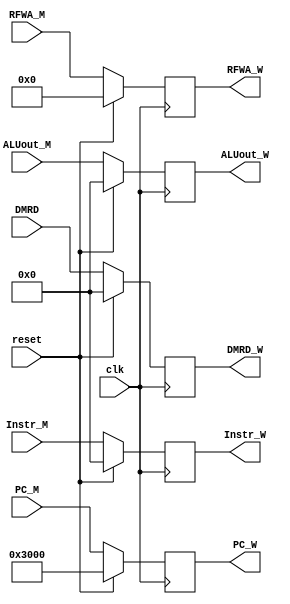
`timescale 1ns / 1ps
//////////////////////////////////////////////////////////////////////////////////
// Company: 
// Engineer: 
// 
// Design Name: 
// Module Name:    RegMW 
// Project Name: 
// Target Devices: 
// Tool versions: 
// Description: 
//
// Dependencies: 
//
// Revision: 
// Revision 0.01 - File Created
// Additional Comments: 
//
//////////////////////////////////////////////////////////////////////////////////
`default_nettype none
module RegMW(
	input wire clk,
	input wire reset,
	input wire [31:0] Instr_M,
	input wire [31:0] PC_M,
	input wire [4:0] RFWA_M,
	input wire [31:0] ALUout_M,
	input wire [31:0] DMRD,
	output reg [31:0] Instr_W,
	output reg [31:0] PC_W,
	output reg [4:0] RFWA_W,
	output reg [31:0] ALUout_W,
	output reg [31:0] DMRD_W
    );
	always @(posedge clk) begin
		if (reset) begin
			Instr_W <= 32'h00000000;
			PC_W <= 32'h00003000;
			RFWA_W <= 5'b00000;
			ALUout_W <= 32'h00000000;
			DMRD_W <= 32'h00000000;
		end
		else begin
			Instr_W <= Instr_M;
			PC_W <= PC_M;
			RFWA_W <= RFWA_M;
			ALUout_W <= ALUout_M;
			DMRD_W <= DMRD;
		end
	end

endmodule